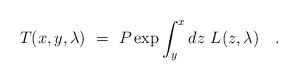
\begin{align*}T(x,y,\lambda)~=~P \exp \int_y^x dz~L(z,\lambda)~~~.\end{align*}